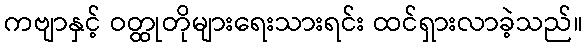
ကဗျာနှင့် ဝတ္ထုတိုများရေးသားရင်း ထင်ရှားလာခဲ့သည်။